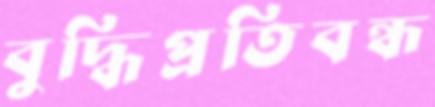
বুদ্ধিপ্রতিবন্ধ